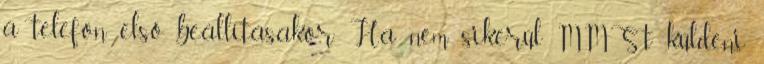
a telefon első beállításakor. Ha nem sikerül MMS-t küldeni